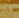
ثمان